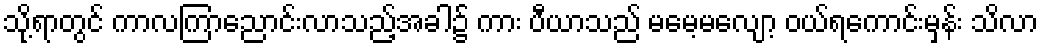
သို့ရာတွင် ကာလကြာညောင်းလာသည့်အခါ၌ ကား ပီယာသည် မမေ့မလျော့ ဝယ်ရကောင်းမှန်း သိလာ